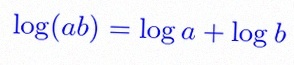
\log(ab)=\log a+\log b